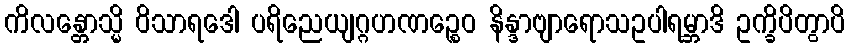
ကိလန္တောသ္မိ ဝိသာရဒေါ ပရိညေယျဂ္ဂဟဏဉ္စေဝ နိန္ဒာဗျာရောသဥပါရမ္ဘာဒိ ဥက္ခိပိတွာပိ